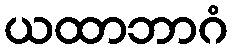
ယထာဘာဂံ